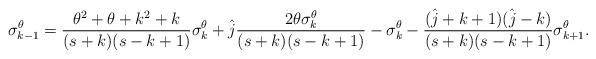
LaTeX: \begin{align*}\sigma_{k-1}^\theta = \frac{\theta^2 + \theta + k^2 + k}{(s+k)(s-k+1)} \sigma_{k}^\theta + \hat{j} \frac{2\theta \sigma_{k}^\theta}{(s+k)(s-k+1)}-\sigma_{k}^\theta - \frac{(\hat{j}+k+1)(\hat{j}-k)}{(s+k)(s-k+1)}\sigma_{k+1}^\theta.\end{align*}